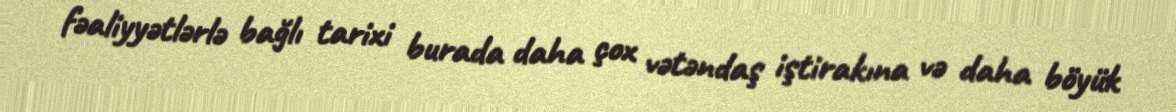
fəaliyyətlərlə bağlı tarixi burada daha çox vətəndaş iştirakına və daha böyük